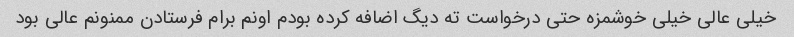
خیلی عالی خیلی خوشمزه حتی درخواست ته دیگ اضافه کرده بودم اونم برام فرستادن ممنونم عالی بود